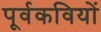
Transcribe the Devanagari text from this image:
पूर्वकवियों